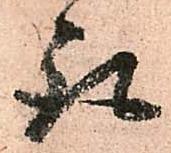
取